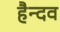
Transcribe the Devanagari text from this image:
हैन्दव